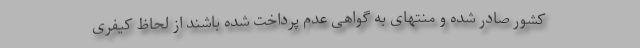
کشور صادر شده و منتهای به گواهی عدم پرداخت شده باشند از لحاظ کیفری